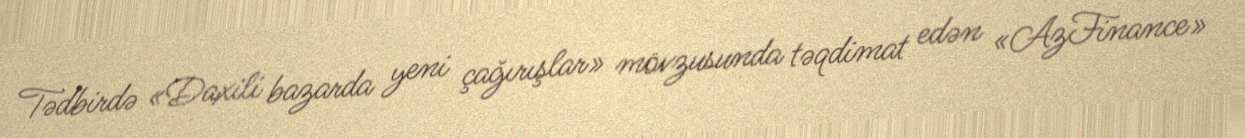
Tədbirdə «Daxili bazarda yeni çağırışlar» mövzusunda təqdimat edən «AzFinance»